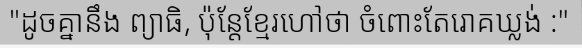
"ដូចគ្នានឹង ព្យាធិ, ប៉ុន្តែខ្មែរហៅថា ចំពោះតែរោគឃ្លង់ :"